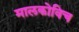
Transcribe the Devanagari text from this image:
मालकोविच